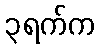
၃ရက်က